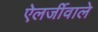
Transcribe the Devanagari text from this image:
ऐलर्जीवाले